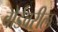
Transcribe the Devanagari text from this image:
बोर्डवरील